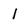
Character: 1